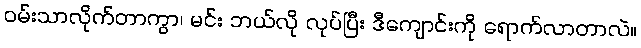
ဝမ်းသာလိုက်တာကွာ၊ မင်း ဘယ်လို လုပ်ပြီး ဒီကျောင်းကို ရောက်လာတာလဲ။